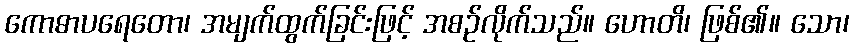
ကောဓာပရေတော၊ အမျက်ထွက်ခြင်းဖြင့် အစဉ်လိုက်သည်။ ဟောတိ၊ ဖြစ်၏။ သော၊